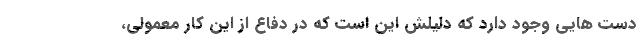
دست هایی وجود دارد که دلیلش این است که در دفاع از این کار معمولی،